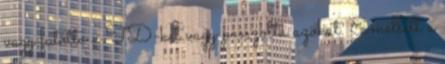
vagy futotta a TD-ket vagy passzolta azokat. Emellett a